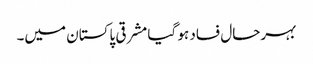
بہرحال فساد ہو گیا مشرقی پاکستان میں۔